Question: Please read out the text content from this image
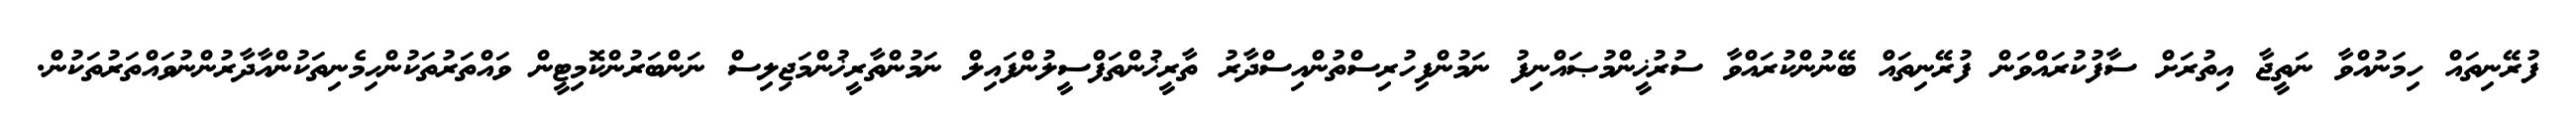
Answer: ފުރޭނިތައް ހިމަނުއްވާ ނަތީޖާ އިތުރަށް ސާފުކުރައްވަން ފުރޭނިތައް ބޭނުންކުރައްވާ ސުރުޚީންމުޞައްނިފު ނަމުންފިހުރިސްތުންއިސްދާރު ތާރީޚުންތަފްސީލުންފައިލް ނަމުންތާރީޚުންމަޖިލިސް ނަންބަރުންކޮމިޓީން ވައްތަރުތަކުންހިމެނިތަކުންއާދާރުންނުވައްތަރުތަކުން.